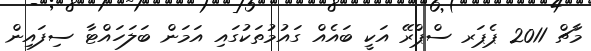
މާޗް 2011 ޕެޕަރ ސްޕްރޭ އަކީ ބައެއް ގައުމުތަކުގައި އަމަން ބަލަހައްޓާ ސިފައިން